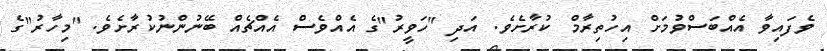
ވެފައިވާ އެއްބަސްވުމަށް އިހުތިރާމް ކުރާށެވެ. އަދި "ހަވީރު"ގެ އެއްވެސް އެއްޗެއް ބޭނުންނުކުރާށެވެ. "މިހާރު"ގެ